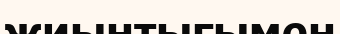
жиынтығымен